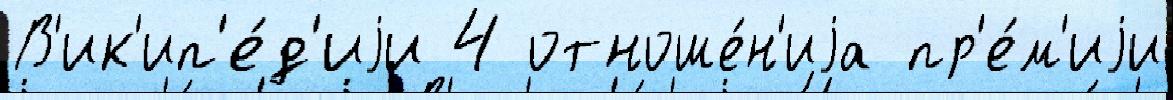
В'ик'ип'е́д'иjи 4 отноше́н'иjа пр'е́м'иjи